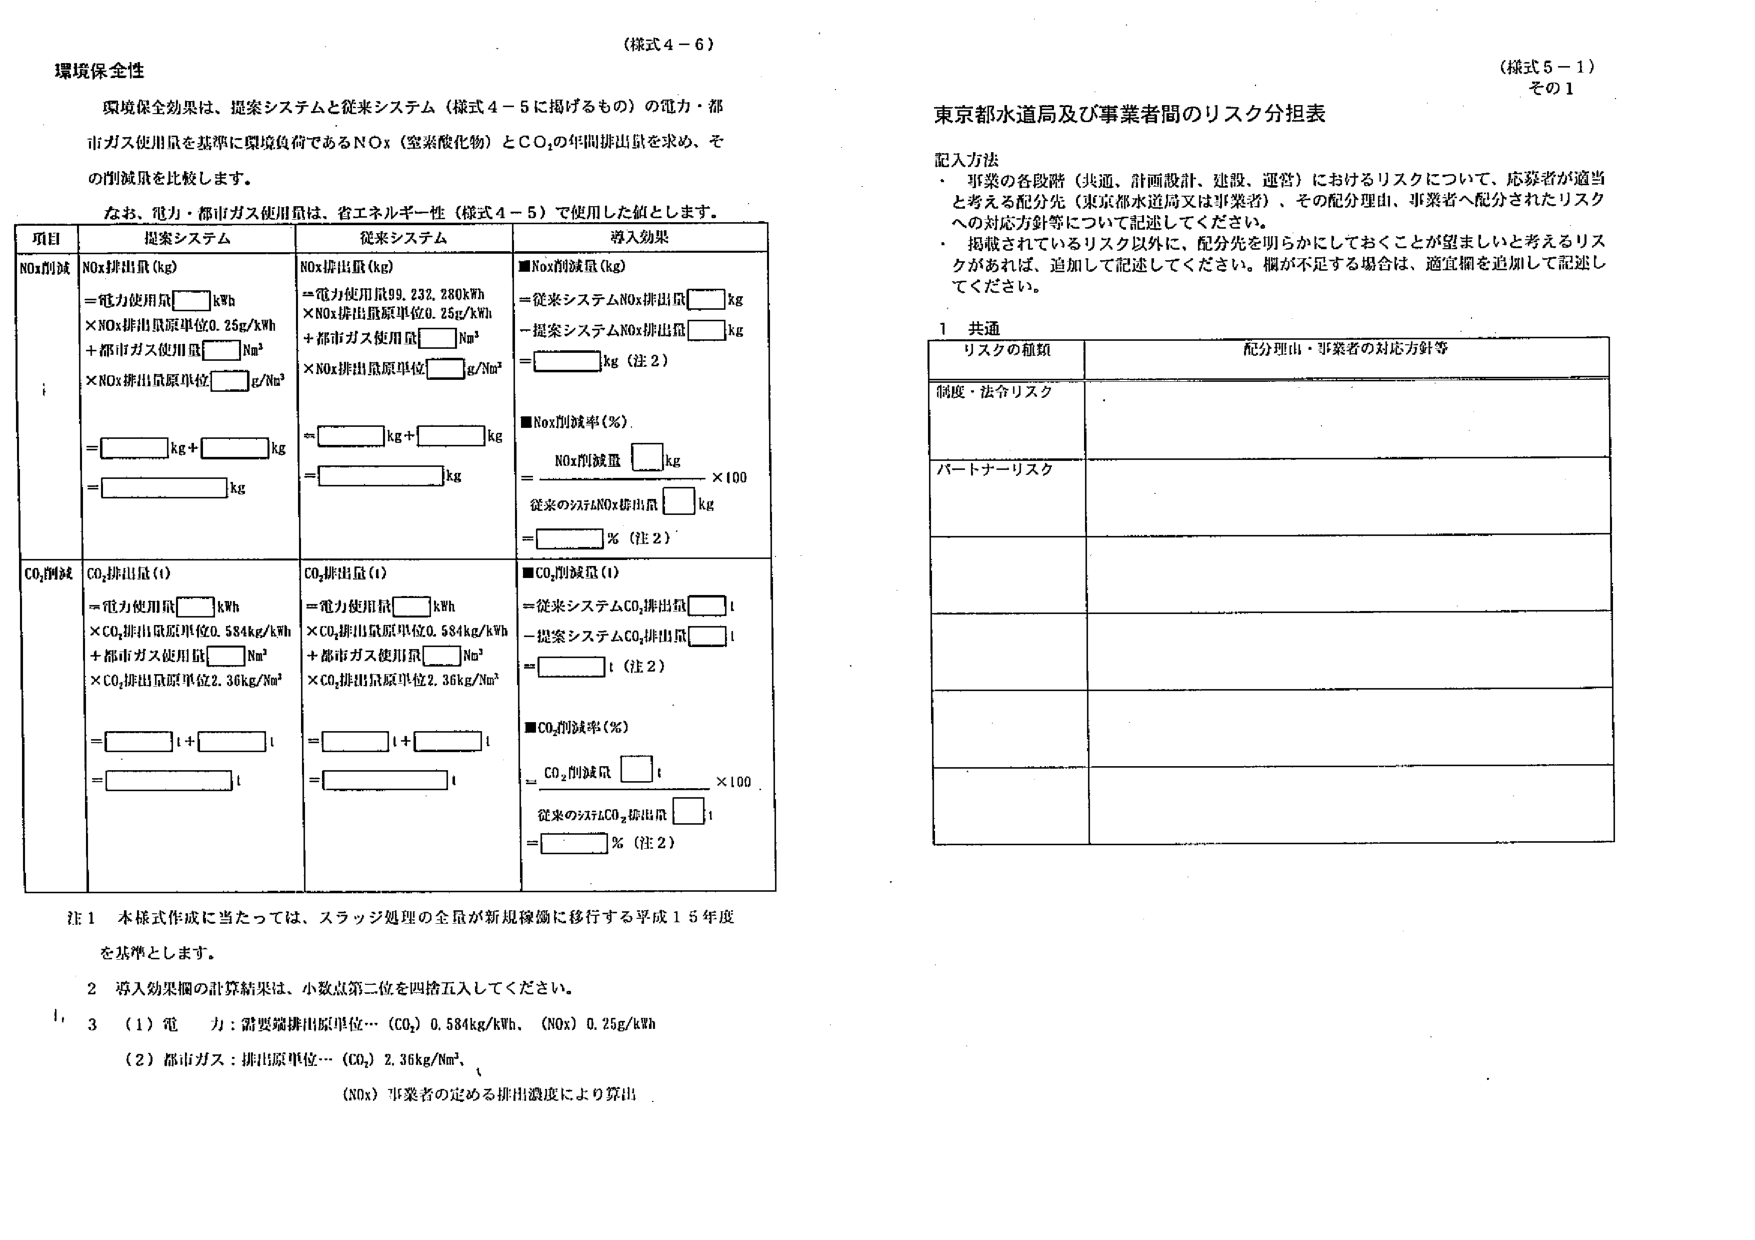
（様式４－６）

環境保全性

環境保全効果は、提案システムと従来システム（様式４－５に掲げるもの）の電力・都市ガス使用量を基準に環境負荷であるNOx（窒素酸化物）とCO₂の年間排出量を求め、その削減量を比較します。

なお、電力・都市ガス使用量は、省エネルギー性（様式４－５）で使用した値とします。

| 項目 | 提案システム | 従来システム | 導入効果 |
|------|--------------|--------------|----------|
| NOx削減 | NOx排出量(kg) | NOx排出量(kg) | ■NOx削減量(kg) |
| | ＝電力使用量□kWh<br>×NOx排出量原単位0.25g/kWh<br>＋都市ガス使用量□Nm³<br>×NOx排出量原単位□g/Nm³ | ＝電力使用量99,232,280kWh<br>×NOx排出量原単位0.25g/kWh<br>＋都市ガス使用量□Nm³<br>×NOx排出量原単位□g/Nm³ | ＝従来システムNOx排出量□kg<br>－提案システムNOx排出量□kg<br>＝□kg（注２） |
| | ＝□kg＋□kg<br>＝□kg | ＝□kg＋□kg<br>＝□kg | ■NOx削減率(%)<br>＝NOx削減量□kg<br>÷従来のシステムNOx排出量□kg<br>＝□%（注２） |
| CO₂削減 | CO₂排出量(t) | CO₂排出量(t) | ■CO₂削減量(t) |
| | ＝電力使用量□kWh<br>×CO₂排出量原単位0.584kg/kWh<br>＋都市ガス使用量□Nm³<br>×CO₂排出量原単位2.36kg/Nm³ | ＝電力使用量□kWh<br>×CO₂排出量原単位0.584kg/kWh<br>＋都市ガス使用量□Nm³<br>×CO₂排出量原単位2.36kg/Nm³ | ＝従来システムCO₂排出量□t<br>－提案システムCO₂排出量□t<br>＝□t（注２） |
| | ＝□t＋□t<br>＝□t | ＝□t＋□t<br>＝□t | ■CO₂削減率(%)<br>＝CO₂削減量□t<br>÷従来のシステムCO₂排出量□t<br>＝□%（注２） |

注１ 本様式作成に当たっては、スラッジ処理の全量が新規稼働に移行する平成１５年度を基準とします。

２ 導入効果欄の計算結果は、小数点第二位を四捨五入してください。

３ （１）電力：需要端排出原単位…（CO₂）0.584kg/kWh、（NOx）0.25g/kWh<br>（２）都市ガス：排出原単位…（CO₂）2.36kg/Nm³、<br>（NOx）事業者の定める排出濃度により算出

（様式５－１）<br>その１

東京都水道局及び事業者間のリスク分担表

記入方法
・ 事業の各段階（共通、計画設計、建設、運営）におけるリスクについて、応募者が適当と考える配分先（東京都水道局又は事業者）、その配分理由、事業者へ配分されたリスクへの対応方針等について記述してください。
・ 掲載されているリスク以外に、配分先を明らかにしておくことが望ましいと考えるリスクがあれば、追加して記述してください。欄が不足する場合は、適宜欄を追加して記述してください。

１ 共通

| リスクの種類 | 配分理由・事業者の対応方針等 |
|--------------|------------------------------|
| 制度・法令リスク | |
| パートナーリスク | |